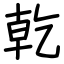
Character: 乾